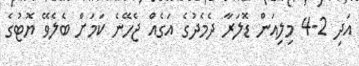
އަދި 2-4 މިލިއަން ޑޮލަރާ ދެމެދުގެ އަގެއް ޖެހޭނެ ކަމަށް ބެލެވޭ ޔޮޓުގެ